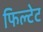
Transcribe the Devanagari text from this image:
फिल्टेट